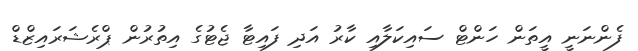
ފެންނަނީ އީތަން ހަންޓް ސައިކަލާއި ކާރު އަދި ފައިޓާ ޖެޓުގެ އިތުރުން ޕްރެޝަރައިޒްޑް